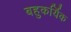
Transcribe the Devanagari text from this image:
बहुकर्यिक